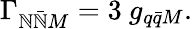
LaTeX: \Gamma_{\mathbb{N}\bar{{\mathbb{N}}}M}=3~g_{q\bar{{q}}M}.